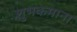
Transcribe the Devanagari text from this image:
शुभकमाना